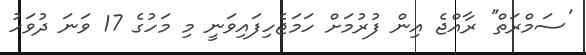
'ސަމްރަތް'' ރާއްޖެ އިން ފުރުމަށް ހަމަޖެހިފައިވަނީ މި މަހުގެ 17 ވަނަ ދުވަހު